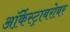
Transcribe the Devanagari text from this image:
ऑर्केस्ट्राबरोबर